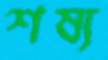
শষ্য